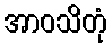
အာဝသိတုံ